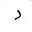
Letter: _dal